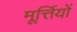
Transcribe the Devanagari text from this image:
मूर्त्तियों